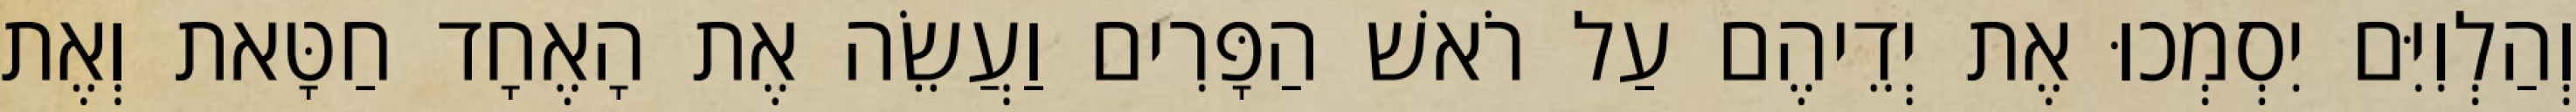
וְהַלְוִיִּם יִסְמְכוּ אֶת יְדֵיהֶם עַל רֹאשׁ הַפָּרִים וַעֲשֵׂה אֶת הָאֶחָד חַטָּאת וְאֶת